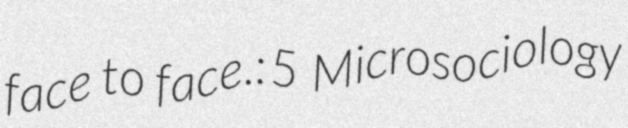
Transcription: face to face.: 5  Microsociology